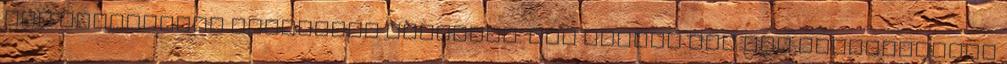
már túlságosan semmilyen számomra. Nem ártana egy kis vérfrissítés